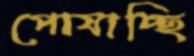
পোষাচ্ছি